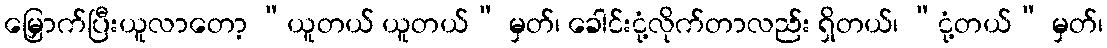
မြှောက်ပြီးယူလာတော့ “ယူတယ် ယူတယ်” မှတ်၊ ခေါင်းငုံ့လိုက်တာလည်း ရှိတယ်၊ “ငုံ့တယ်” မှတ်၊